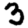
Digit: 3